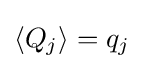
\langle Q_{j}\rangle =q_{j}